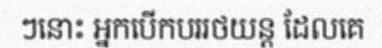
ៗនោះ អ្នកបើកបររថយន្ត ដែលគេ